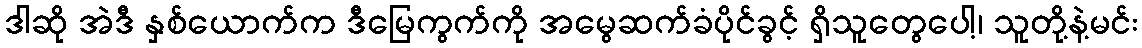
ဒါဆို အဲဒီ နှစ်ယောက်က ဒီမြေကွက်ကို အမွေဆက်ခံပိုင်ခွင့် ရှိသူတွေပေါ့၊ သူတို့နဲ့မင်း